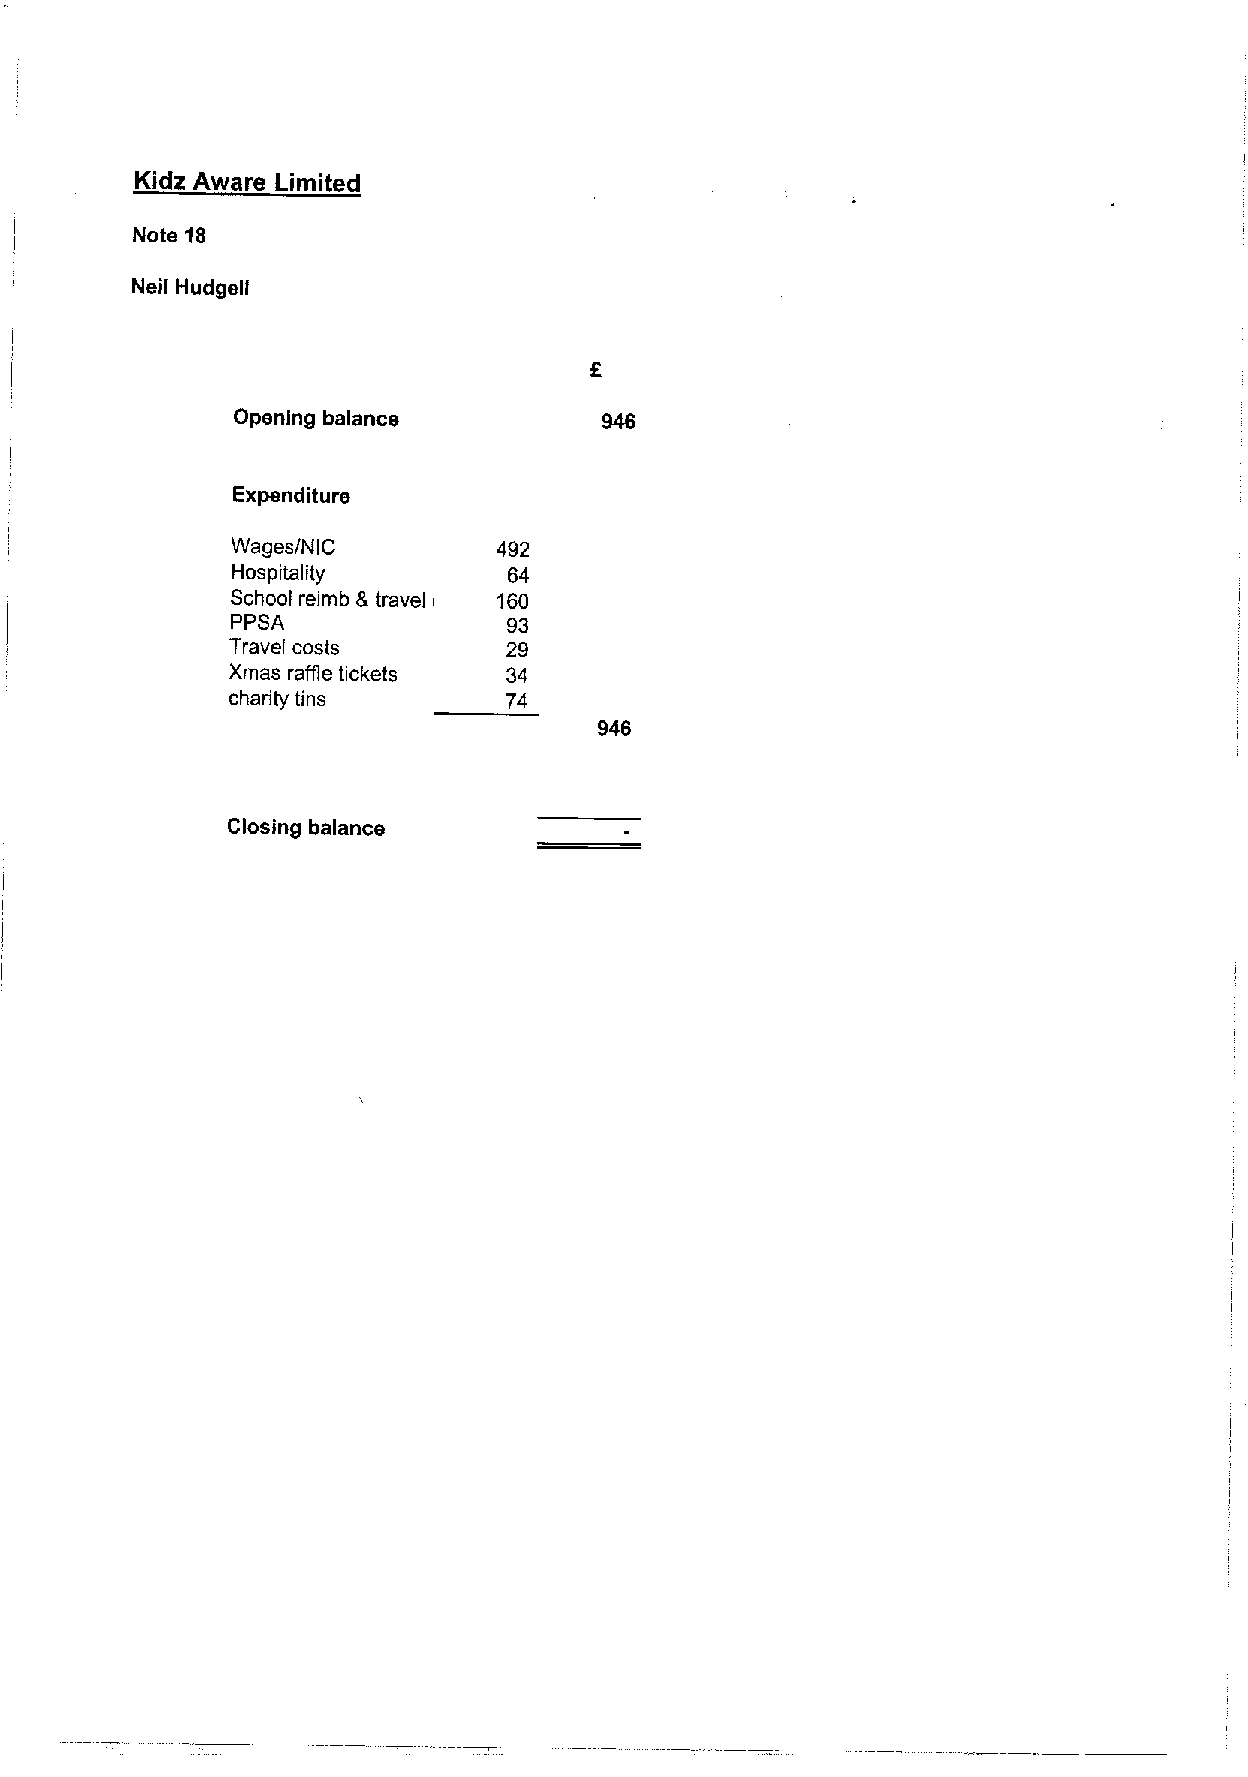
Kidz Aware Limited
 Note 16
 Neil Hudgell
 Opening balance
 Expenditure
 Wages/NIC         492
 Hospitality        64
 School reimb &travel 160
 i
 PPSA               93
 Travel costs       29
 Xmas raffle tickets 34
 charity tins       74
 946
 Closing balance